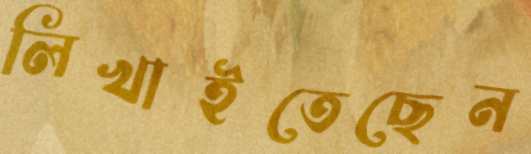
লিখাইতেছেন